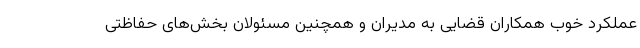
عملکرد خوب همکاران قضایی به مدیران و همچنین مسئولان بخش‌های حفاظتی